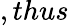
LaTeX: ,thus